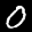
Label: 0